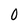
Character: 0